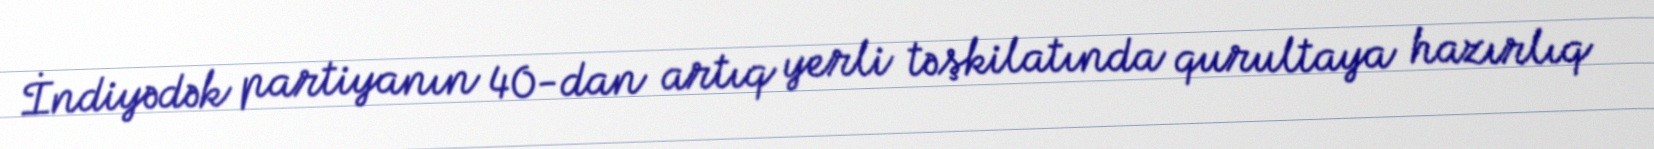
İndiyədək partiyanın 40-dan artıq yerli təşkilatında qurultaya hazırlıq